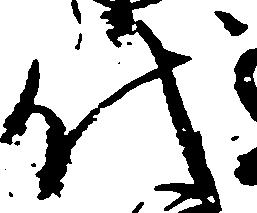
代